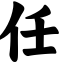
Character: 任